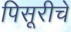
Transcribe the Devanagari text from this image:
पिसूरीचे